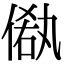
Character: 𠌁